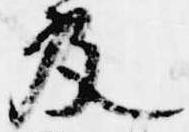
及